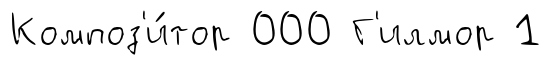
Композ'и́тор 000 Г'илмор 1